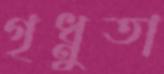
গৃধ্নুতা